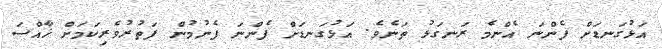
އަޅުގަނޑަށް ފެންނަ އެންމެ ރަނގަޅު ތަނެވެ. އަޅުގަނޑަށް ފެންނަ ފެނުމުން ފަތުރުވެރިކަމަށް ޚާއްސަ